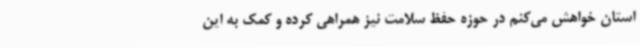
استان خواهش می‌کنم در حوزه حفظ سلامت نیز همراهی کرده و کمک به این